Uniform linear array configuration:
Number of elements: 4
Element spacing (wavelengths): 0.75
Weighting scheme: uniform
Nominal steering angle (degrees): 60
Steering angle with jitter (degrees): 59.116
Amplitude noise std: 0.05
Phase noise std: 0.05

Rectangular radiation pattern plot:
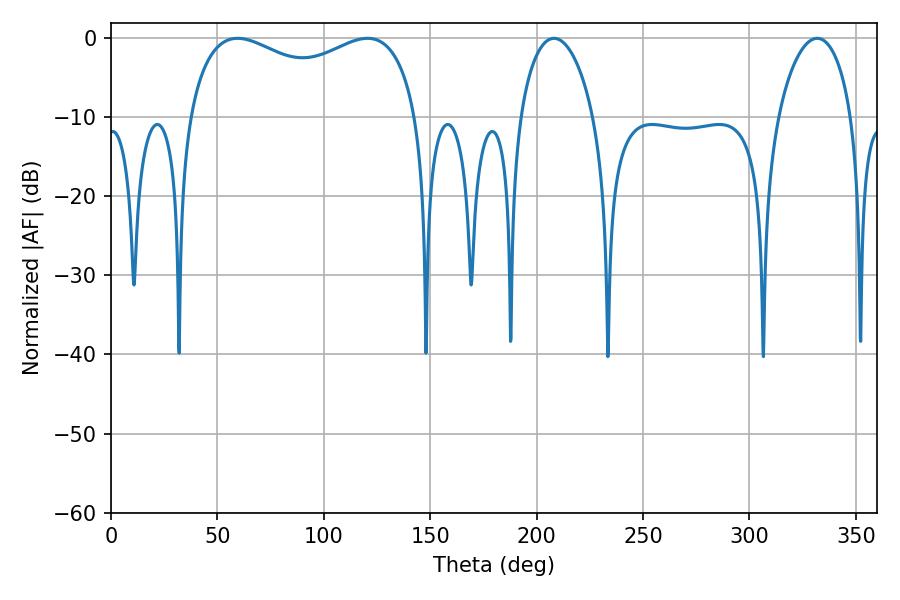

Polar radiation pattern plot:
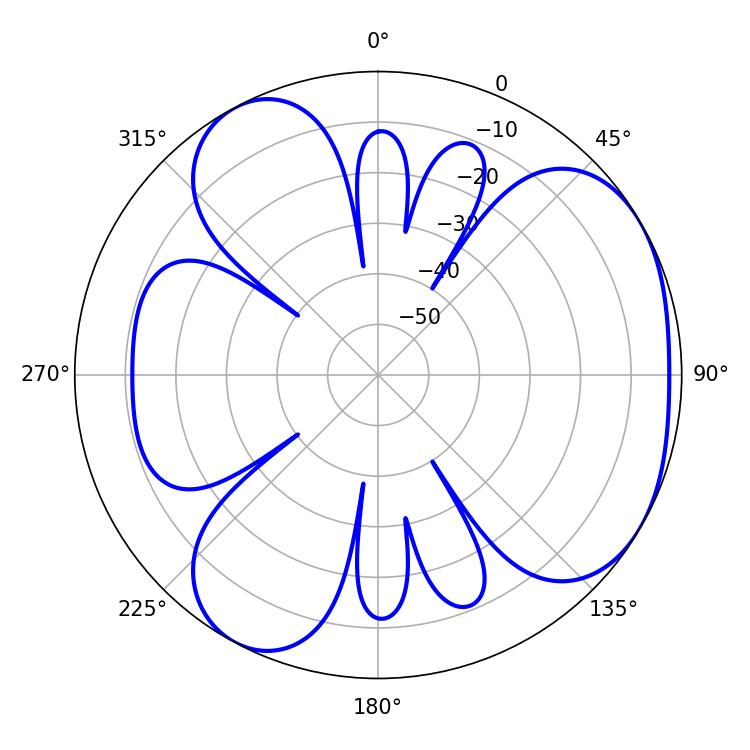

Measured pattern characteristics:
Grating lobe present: TRUE
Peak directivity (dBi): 4.294
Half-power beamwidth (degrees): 89.28
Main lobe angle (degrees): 59.4